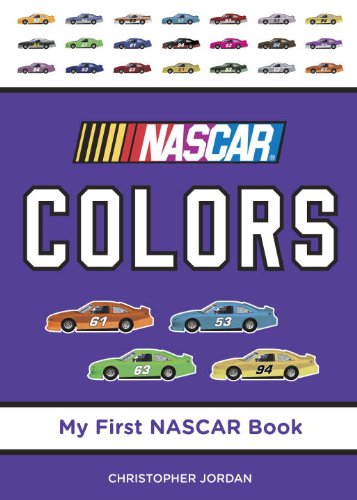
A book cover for NASCAR Colors (My First NASCAR Racing Series); Christopher Jordan; Children's Books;